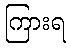
ကြားရ